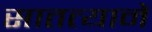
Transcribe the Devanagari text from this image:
सातत्यानें